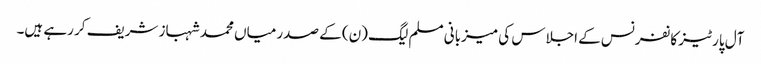
آل پارٹیز کانفرنس کے اجلاس کی میزبانی مسلم لیگ (ن) کے صدر میاں محمد شہباز شریف کر رہے ہیں۔